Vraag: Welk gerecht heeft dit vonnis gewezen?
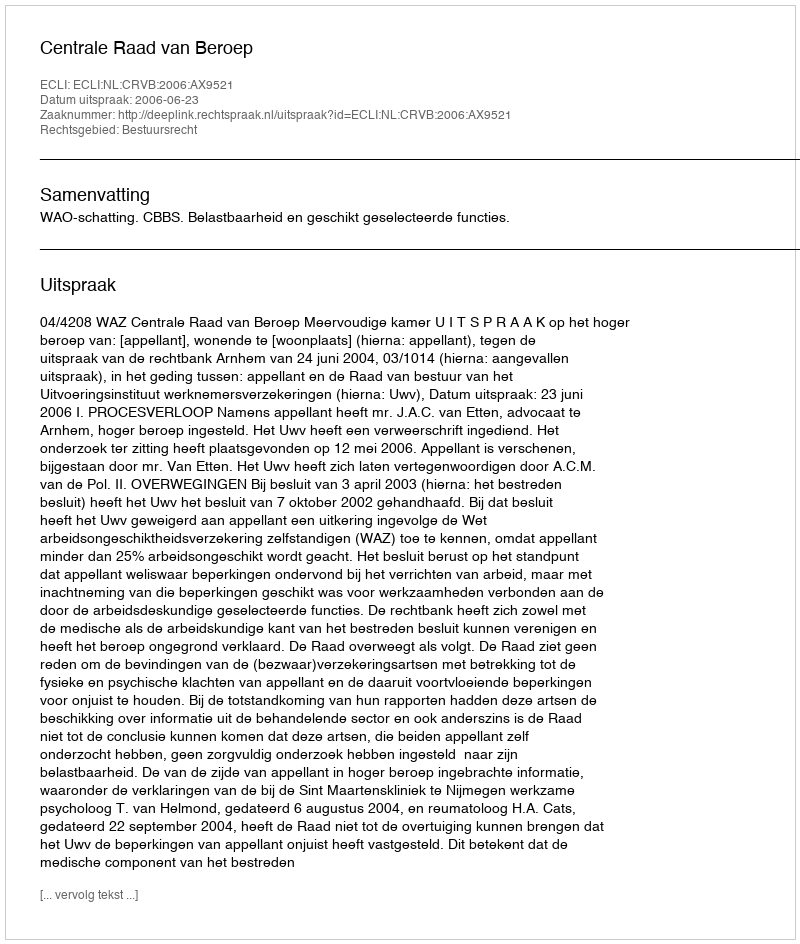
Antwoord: Centrale Raad van Beroep